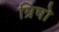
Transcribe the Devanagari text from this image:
म्रिषो